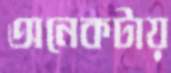
অনেকটায়